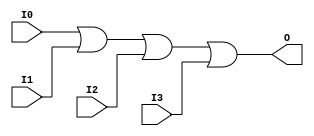
// $Header: /devl/xcs/repo/env/Databases/CAEInterfaces/verunilibs/s/OR4.v,v 1.8 2003/01/21 01:55:40 wloo Exp $

/*

FUNCTION	: 4-INPUT OR GATE

*/

`timescale  100 ps / 10 ps


module OR4 (O, I0, I1, I2, I3);

    output O;

    input  I0, I1, I2, I3;

    or O1 (O, I0, I1, I2, I3);

    specify
	(I0 *> O) = (0, 0);
	(I1 *> O) = (0, 0);
	(I2 *> O) = (0, 0);
	(I3 *> O) = (0, 0);
    endspecify

endmodule